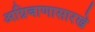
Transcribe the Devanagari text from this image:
अग्निबाणासारखे